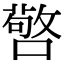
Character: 𭋆